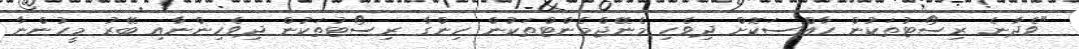
"ވެދާނެ ރިސޯޓުތަކުން ހާއްސަކޮށް ދިވެހި މެނޭޖްމެންޓްތަކުން ހިންގާ ރިސޯޓުތަކުން ދިވެހިންނާއި ބޭރު މީހުންނާ